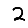
Digit: 2